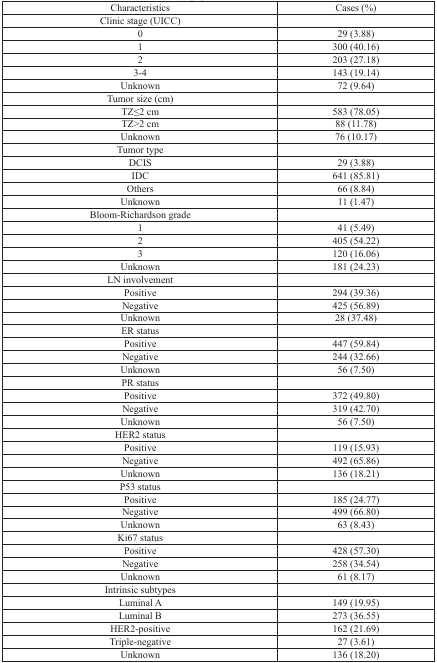
<table><thead><tr><td><b>Characteristics</b></td><td><b>Cases (%)</b></td></tr></thead><tbody><tr><td>Clinic stage (UICC)</td><td></td></tr><tr><td>0</td><td>29 (3.88)</td></tr><tr><td>1</td><td>300 (40.16)</td></tr><tr><td>2</td><td>203 (27.18)</td></tr><tr><td>3-4</td><td>143 (19.14)</td></tr><tr><td>Unknown</td><td>72 (9.64)</td></tr><tr><td>Tumor size (cm)</td><td></td></tr><tr><td>TZ≤2 cm</td><td>583 (78.05)</td></tr><tr><td>TZ&gt;2 cm</td><td>88 (11.78)</td></tr><tr><td>Unknown</td><td>76 (10.17)</td></tr><tr><td>Tumor type</td><td></td></tr><tr><td>DCIS</td><td>29 (3.88)</td></tr><tr><td>IDC</td><td>641 (85.81)</td></tr><tr><td>Others</td><td>66 (8.84)</td></tr><tr><td>Unknown</td><td>11 (1.47)</td></tr><tr><td>Bloom-Richardson grade</td><td></td></tr><tr><td>1</td><td>41 (5.49)</td></tr><tr><td>2</td><td>405 (54.22)</td></tr><tr><td>3</td><td>120 (16.06)</td></tr><tr><td>Unknown</td><td>181 (24.23)</td></tr><tr><td>LN involvement</td><td></td></tr><tr><td>Positive</td><td>294 (39.36)</td></tr><tr><td>Negative</td><td>425 (56.89)</td></tr><tr><td>Unknown</td><td>28 (37.48)</td></tr><tr><td>ER status</td><td></td></tr><tr><td>Positive</td><td>447 (59.84)</td></tr><tr><td>Negative</td><td>244 (32.66)</td></tr><tr><td>Unknown</td><td>56 (7.50)</td></tr><tr><td>PR status</td><td></td></tr><tr><td>Positive</td><td>372 (49.80)</td></tr><tr><td>Negative</td><td>319 (42.70)</td></tr><tr><td>Unknown</td><td>56 (7.50)</td></tr><tr><td>HER2 status</td><td></td></tr><tr><td>Positive</td><td>119 (15.93)</td></tr><tr><td>Negative</td><td>492 (65.86)</td></tr><tr><td>Unknown</td><td>136 (18.21)</td></tr><tr><td>P53 status</td><td></td></tr><tr><td>Positive</td><td>185 (24.77)</td></tr><tr><td>Negative</td><td>499 (66.80)</td></tr><tr><td>Unknown</td><td>63 (8.43)</td></tr><tr><td>Ki67 status</td><td></td></tr><tr><td>Positive</td><td>428 (57.30)</td></tr><tr><td>Negative</td><td>258 (34.54)</td></tr><tr><td>Unknown</td><td>61 (8.17)</td></tr><tr><td>Intrinsic subtypes</td><td></td></tr><tr><td>Luminal A</td><td>149 (19.95)</td></tr><tr><td>Luminal B</td><td>273 (36.55)</td></tr><tr><td>HER2-positive</td><td>162 (21.69)</td></tr><tr><td>Triple-negative</td><td>27 (3.61)</td></tr><tr><td>Unknown</td><td>136 (18.20)</td></tr></tbody></table>